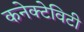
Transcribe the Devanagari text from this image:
कनेक्टेविटी